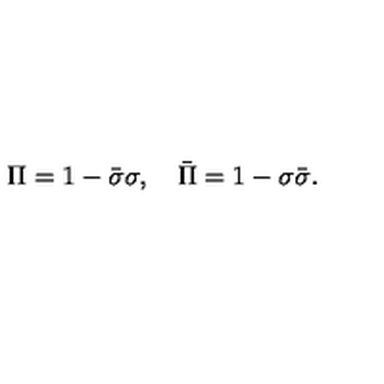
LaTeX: \Pi = 1 - \bar { \sigma } \sigma , \quad \bar { \Pi } = 1 - \sigma \bar { \sigma } .